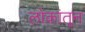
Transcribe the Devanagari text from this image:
लोकांतून